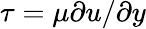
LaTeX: \tau=\mu\partial u/\partial y